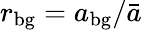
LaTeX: r_{\mathrm{bg}}=a_{\mathrm{bg}}/\bar{a}